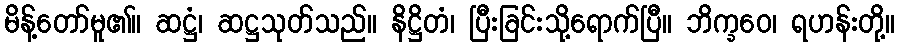
မိန့်တော်မူ၏။ ဆဋ္ဌံ၊ ဆဋ္ဌသုတ်သည်။ နိဋ္ဌိတံ၊ ပြီးခြင်းသို့ရောက်ပြီ။ ဘိက္ခဝေ၊ ရဟန်းတို့။